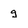
Character: g